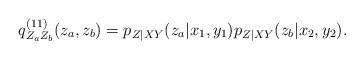
LaTeX: \begin{align*} q^{(11)}_{Z_a Z_b}(z_a, z_b)= p_{Z|XY}(z_a|x_1,y_1)p_{Z|XY}(z_{b}|x_2,y_2).\end{align*}